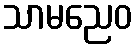
သာမညေဝ